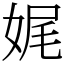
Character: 娓